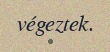
végeztek.